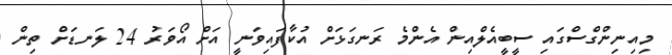
މިއިނިންގްސްގައި ސީބީއެލްއިން އެންމެ ރަނގަޅަށް އުކާފައިވަނީ އަށް އޯވަރު 24 ލަނޑަށް ތިން